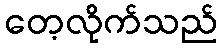
တေ့လိုက်သည်